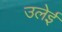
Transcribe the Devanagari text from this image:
उलेई